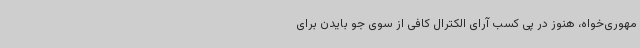
مهوری‌خواه، هنوز در پی کسب آرای الکترال کافی از سوی جو بایدن برای